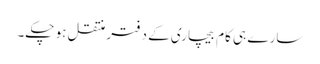
سارے ہی کام بیچاری کے دفتر منتقل ہو چکے۔